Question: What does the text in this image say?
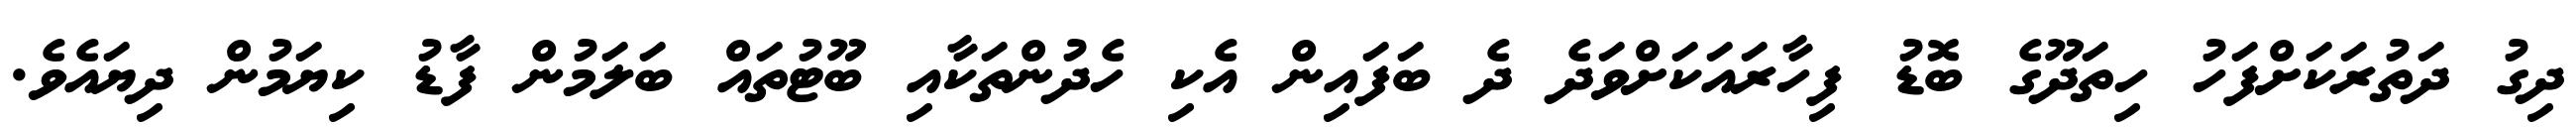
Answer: ދިގު ދަތުރަކަށްފަހު ހިތަދޫގެ ބޮޑު ފިހާރައަކަށްވަދެ ދެ ބަފައިން އެކި ހެދުންތަކާއި ބޫޓުތައް ބަލަމުން ފާޑު ކިޔަމުން ދިޔައެވެ.